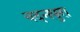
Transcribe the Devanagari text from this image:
बदनपुरा